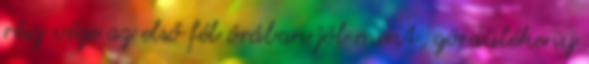
rész vége az első fél órában jól ment, gördülékeny